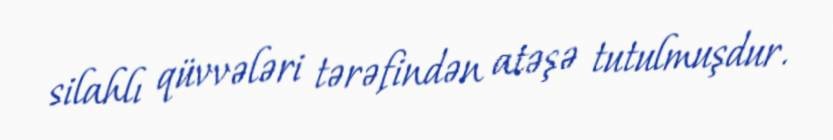
silahlı qüvvələri tərəfindən atəşə tutulmuşdur.